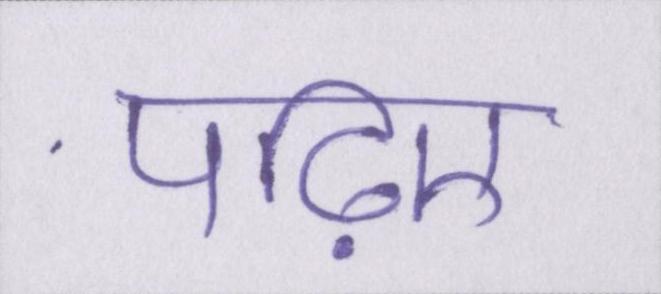
पढ़िए